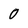
Character: 0